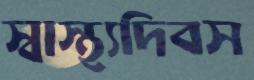
স্বাস্থ্যদিবস